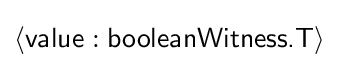
\langle {\textsf {value}}:{\textsf {booleanWitness.T}}\rangle